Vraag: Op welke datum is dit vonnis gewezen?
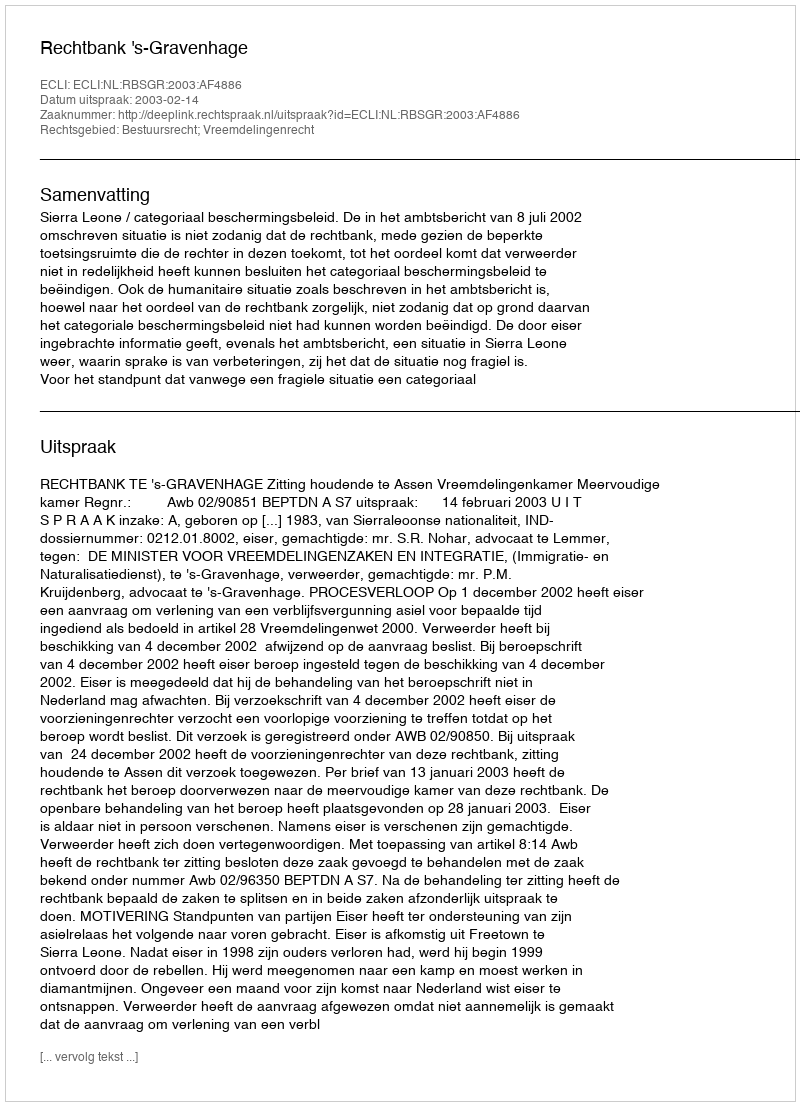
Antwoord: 2003-02-14